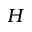
H